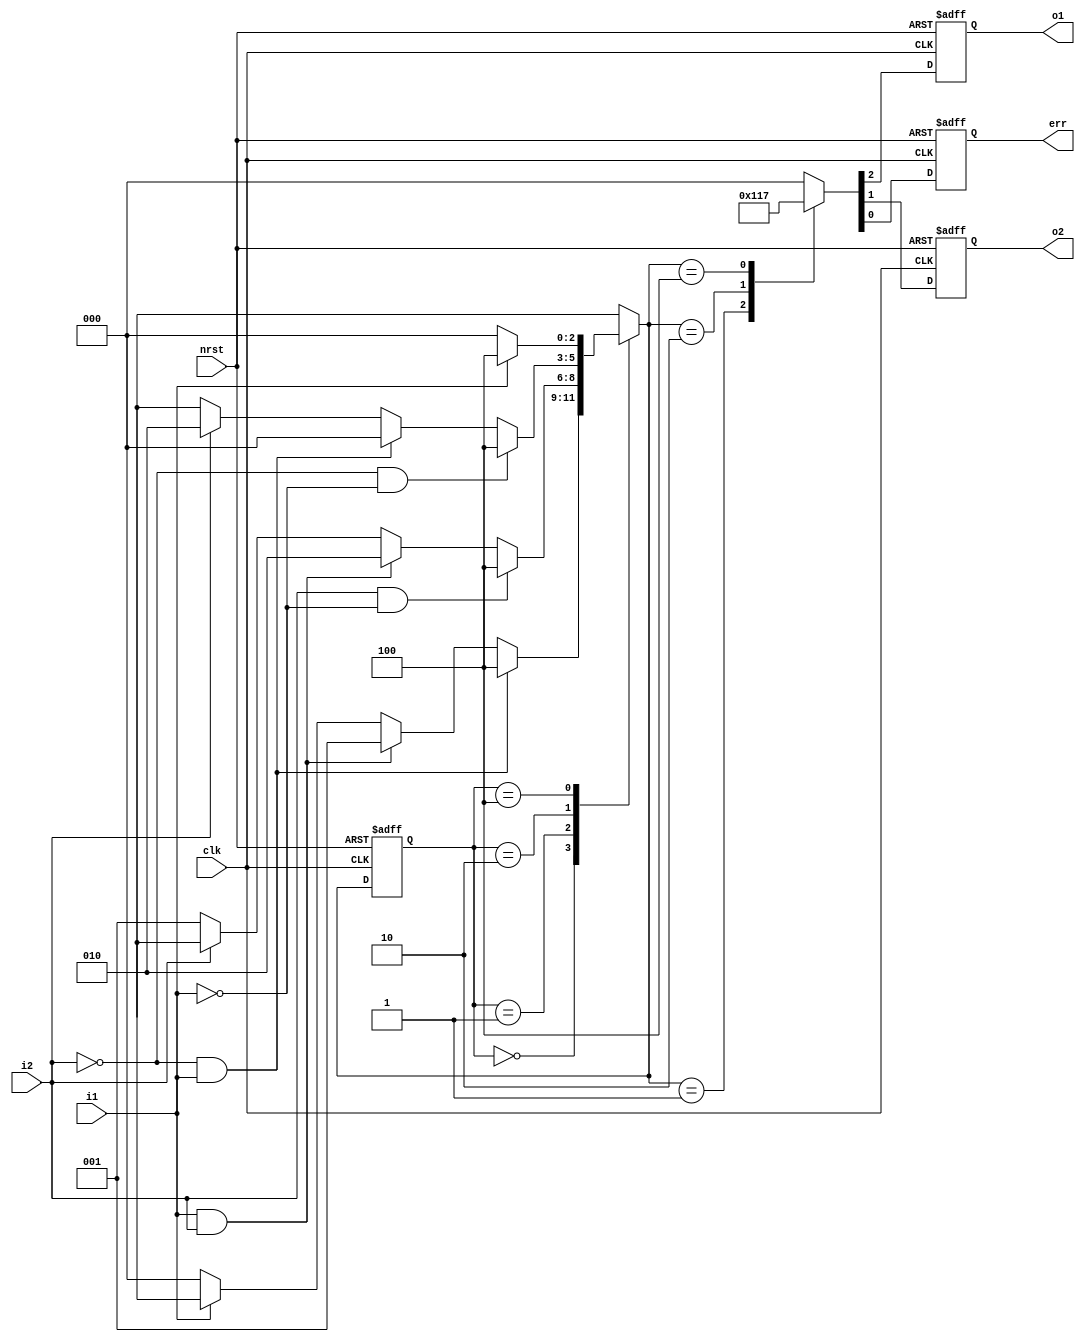
//3-paragraph method to describe FSM
//Describe sequential state transition in the 1st sequential always block
//State transition conditions in the 2nd combinational always block
//Describe the FSM out in the 3rd sequential always block
//Westor, Dec. 2006
//Verilog Usage Book
module state3 ( nrst,clk,
                i1,i2,
                o1,o2,
                err
               );
         
input          nrst,clk;
input          i1,i2;
output         o1,o2,err;
reg            o1,o2,err;


reg    [2:0]   NS,CS;

parameter [2:0]      //one hot with zero idle
      IDLE   = 3'b000,
      S1     = 3'b001,
      S2     = 3'b010,
      ERROR  = 3'b100;

//1st always block, sequential state transition
always @ (posedge clk or negedge nrst)
      if (!nrst)            
         CS <= IDLE;        
      else                  
         CS <=NS;           

//2nd always block, combinational condition judgment
always @ (nrst or CS or i1 or i2)
          begin
               NS = 3'bx;
               case (CS)
                    IDLE:     begin
                                   if (~i1)           NS = IDLE;
                                   if (i1 && i2)      NS = S1;
                                   if (i1 && ~i2)     NS = ERROR;
                              end
                    S1:       begin
                                   if (~i2)           NS = S1;
                                   if (i2 && i1)      NS = S2;
                                   if (i2 && (~i1))   NS = ERROR;
                              end
                    S2:       begin
                                   if (i2)            NS = S2;
			           if (~i2 && i1)     NS = IDLE;
                                   if (~i2 && (~i1))  NS = ERROR;
                              end
                    ERROR:    begin
                                   if (i1)            NS = ERROR;
                                   if (~i1)           NS = IDLE;
                              end
               endcase
         end


//3rd always block, the sequential FSM output
always @ (posedge clk or negedge nrst)
 if (!nrst)
      {o1,o2,err} <= 3'b000;
 else
    begin
       {o1,o2,err} <=  3'b000;
       case (NS)
           IDLE:  {o1,o2,err}<=3'b000;

           S1:    {o1,o2,err}<=3'b100;
           S2:    {o1,o2,err}<=3'b010;
           ERROR: {o1,o2,err}<=3'b111;
       endcase
    end

endmodule